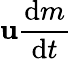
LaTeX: \mathbf{u}{\frac{\mathrm{d}m}{\mathrm{d}t}}